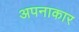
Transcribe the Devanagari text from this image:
अपनाकार